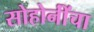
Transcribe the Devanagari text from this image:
सोहोनींंचा